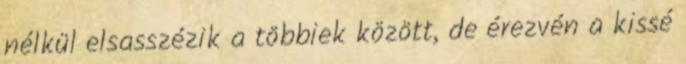
nélkül elsasszézik a többiek között, de érezvén a kissé